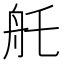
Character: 𦨎